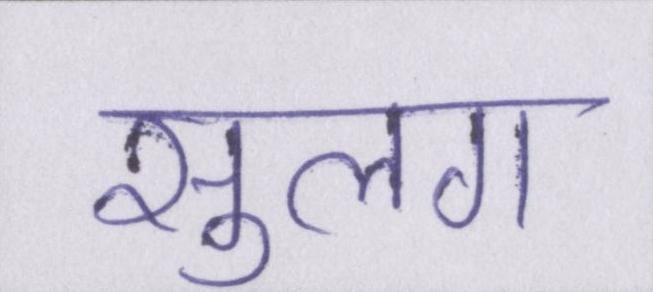
सुलग